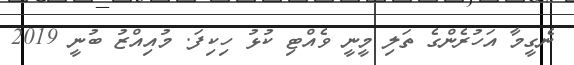
ނެގީމާ އަހުރެންގެ ތަލި މީނީ ވެއްޓި ކުޅު ހިކިފަ. މުއިއްޒު ބުނީ 2019